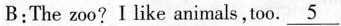
B:The zoo? Ilike animals,too.\underline{5}